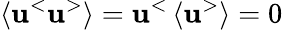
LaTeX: \left\langle\mathbf{u}^{<}\mathbf{u}^{>}\right\rangle=\mathbf{u}^{<}\left\langle\mathbf{u}^{>}\right\rangle=0